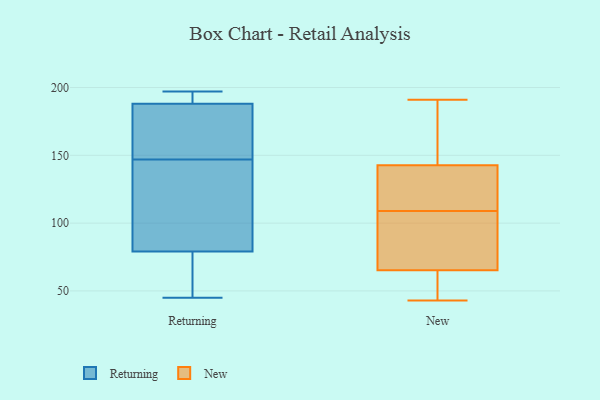
{"axis": {"x": "Budget (USD K)", "y": "Value"}, "legend": ["New", "Returning"], "data": [{"x": "", "y": 194, "type": "Returning"}, {"x": "", "y": 65, "type": "Returning"}, {"x": "", "y": 45, "type": "Returning"}, {"x": "", "y": 105, "type": "Returning"}, {"x": "", "y": 185, "type": "Returning"}, {"x": "", "y": 188, "type": "Returning"}, {"x": "", "y": 96, "type": "Returning"}, {"x": "", "y": 193, "type": "Returning"}, {"x": "", "y": 153, "type": "Returning"}, {"x": "", "y": 153, "type": "Returning"}, {"x": "", "y": 66, "type": "Returning"}, {"x": "", "y": 79, "type": "Returning"}, {"x": "", "y": 141, "type": "Returning"}, {"x": "", "y": 197, "type": "Returning"}, {"x": "", "y": 191, "type": "New"}, {"x": "", "y": 157, "type": "New"}, {"x": "", "y": 143, "type": "New"}, {"x": "", "y": 134, "type": "New"}, {"x": "", "y": 84, "type": "New"}, {"x": "", "y": 62, "type": "New"}, {"x": "", "y": 43, "type": "New"}, {"x": "", "y": 60, "type": "New"}, {"x": "", "y": 142, "type": "New"}, {"x": "", "y": 75, "type": "New"}, {"x": "", "y": 118, "type": "New"}, {"x": "", "y": 109, "type": "New"}, {"x": "", "y": 152, "type": "New"}, {"x": "", "y": 170, "type": "New"}, {"x": "", "y": 47, "type": "New"}, {"x": "", "y": 79, "type": "New"}, {"x": "", "y": 94, "type": "New"}, {"x": "", "y": 57, "type": "New"}, {"x": "", "y": 127, "type": "New"}]}